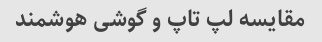
مقایسه لپ تاپ و گوشی هوشمند